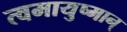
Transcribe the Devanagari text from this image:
त्वमायुष्मान्